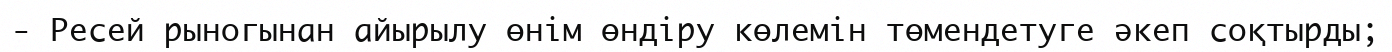
- Ресей рыногынан айырылу өнім өндіру көлемін төмендетуге әкеп соқтырды;